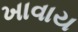
ખાવાય